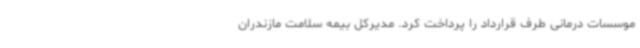
موسسات درمانی طرف قرارداد را پرداخت کرد. مدیرکل بیمه سلامت مازندران